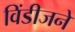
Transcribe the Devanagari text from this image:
विंडीजने